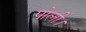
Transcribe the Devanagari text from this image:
पोली।